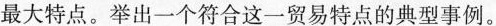
最大特点。举出一个符合这一贸易特点的典型事例。